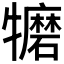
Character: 𱵀